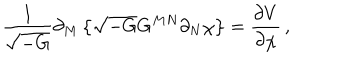
\frac { 1 } { \sqrt { - G } } \partial _ { M } \left\{ \sqrt { - G } G ^ { M N } \partial _ { N } \chi \right\} = \frac { \partial V } { \partial \chi } \, ,